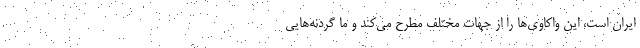
ایران است، این واکاوی‌ها را از جهات مختلف مطرح می‌کند و ما گردنه‌هایی